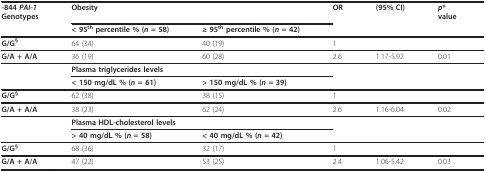
<table><thead><tr><td><b>-844 <i>PAI-1</i>Genotypes</b></td><td colspan="2"><b>Obesity</b></td><td><b>OR</b></td><td><b>(95% CI)</b></td><td><b><i>p</i>*value</b></td></tr><tr><td></td><td><b>&lt; 95<sup>th </sup>percentile % (<i>n </i>= 58)</b></td><td><b>≥ 95<sup>th </sup>percentile % (<i>n </i>= 42)</b></td><td></td><td></td><td></td></tr></thead><tbody><tr><td><b>G/G<sup>§</sup></b></td><td>64 (34)</td><td>40 (19)</td><td>1</td><td></td><td></td></tr><tr><td><b>G/A + A/A</b></td><td>36 (19)</td><td>60 (28)</td><td>2.6</td><td>1.17-5.92</td><td>0.01</td></tr><tr><td></td><td colspan="2"><b>Plasma triglycerides levels</b></td><td></td><td></td><td></td></tr><tr><td></td><td><b>&lt; 150 mg/dL % (<i>n </i>= 61)</b></td><td><b>&gt; 150 mg/dL % (<i>n </i>= 39)</b></td><td></td><td></td><td></td></tr><tr><td><b>G/G<sup>§</sup></b></td><td>62 (38)</td><td>38 (15)</td><td>1</td><td></td><td></td></tr><tr><td><b>G/A + A/A</b></td><td>38 (23)</td><td>62 (24)</td><td>2.6</td><td>1.16-6.04</td><td>0.02</td></tr><tr><td></td><td colspan="2"><b>Plasma HDL-cholesterol levels</b></td><td></td><td></td><td></td></tr><tr><td></td><td><b>&gt; 40 mg/dL % (<i>n </i>= 58)</b></td><td><b>&lt; 40 mg/dL % (<i>n </i>= 42)</b></td><td></td><td></td><td></td></tr><tr><td><b>G/G<sup>§</sup></b></td><td>68 (36)</td><td>32 (17)</td><td>1</td><td></td><td></td></tr><tr><td><b>G/A + A/A</b></td><td>47 (22)</td><td>53 (25)</td><td>2.4</td><td>1.06-5.42</td><td>0.03</td></tr></tbody></table>